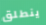
ينطلق